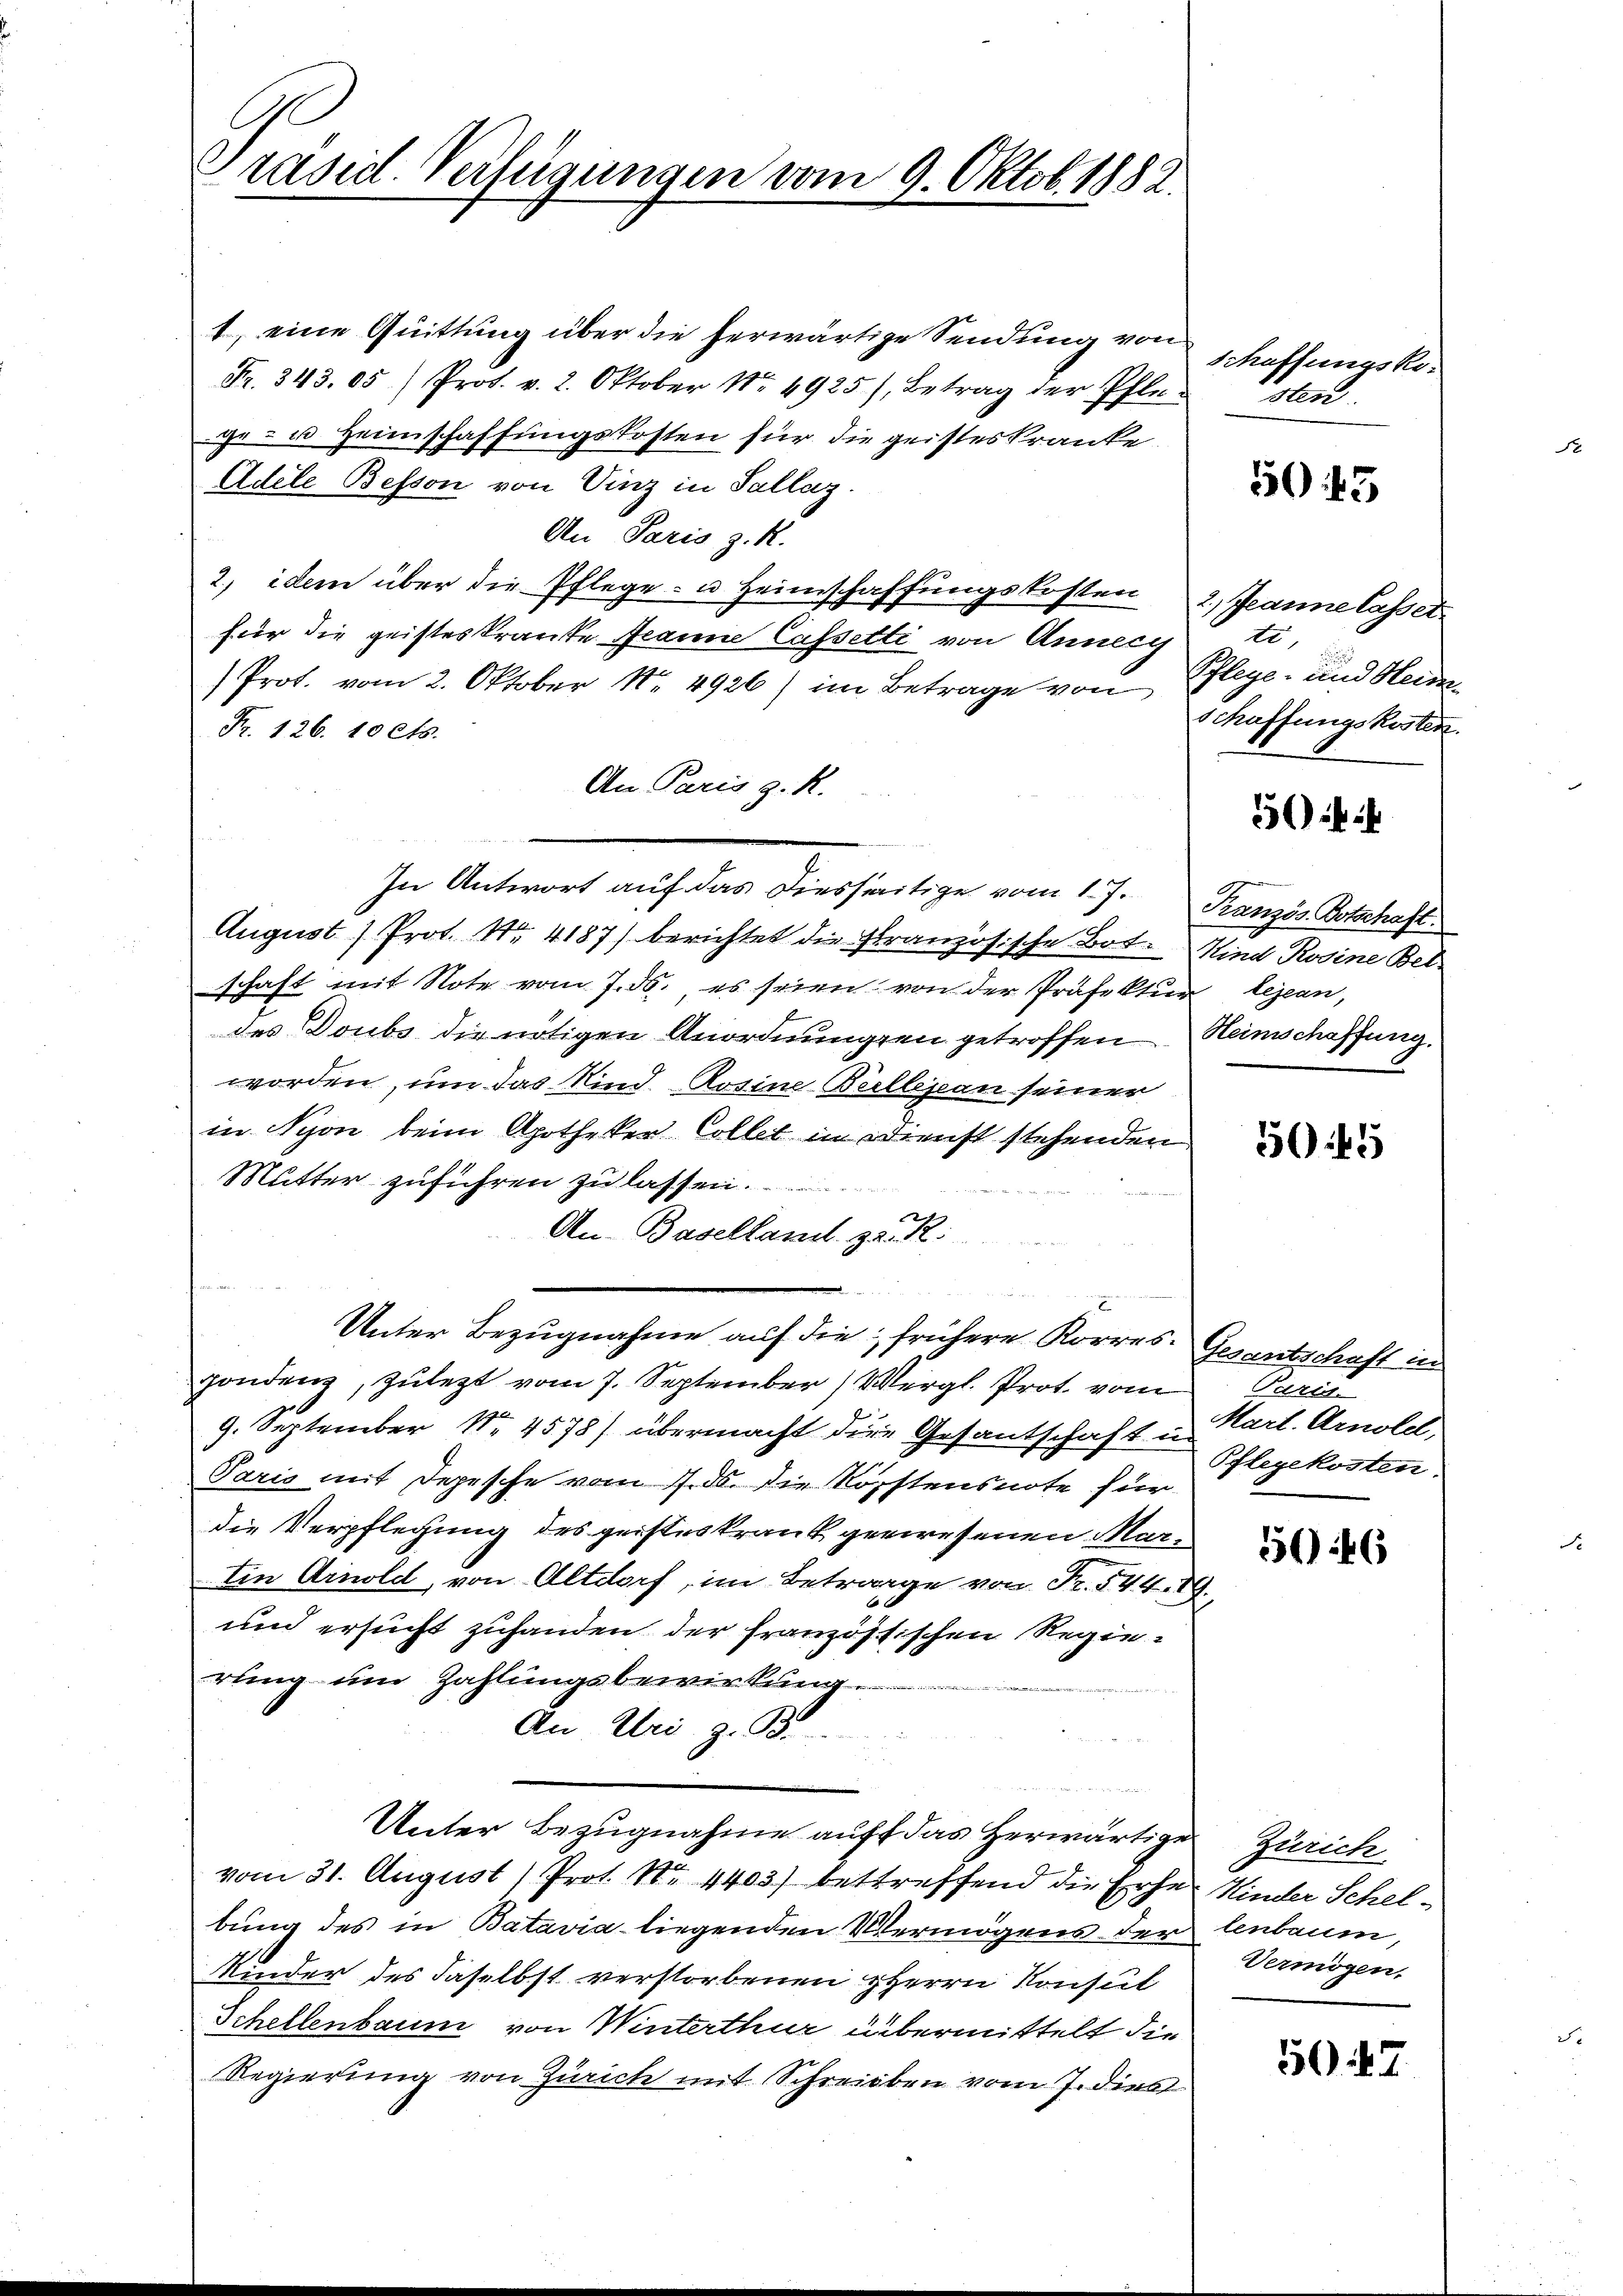
Präsid. Verfügungen vom 9. Oktob. 1882.

t, eine Quittung über die herwärtige Sendung von Schaffungsko¬
Fr. 343. 05) Prot. v. 2. Oktober No 4925), Betrag der Pflege - u. Heimschaffungskosten für die geisteskranke
Adele Besson von Vinz in Sallag.
An Paris z. K.
2, idem über die Pflege- u. Heimschaffungskosten 2, Jeanne lasset
für die geisteskrante Jeanne Cassetti von Anneig
Prot. vom 2. Oktober N. 4926) im Betrage von Pflege- und Hein
Fr. 126. 10 cts.
An Paris z. R.
In Antwort auf das Diesseitige vom 17. Französ. Botschaft
August Prot. Nr. 4187) berichtet die Französische Bot. Kind Rosine Betschaft mit Note vom 7. ds. es seien von der Präfektur Lejean,
des Doubs die nötigen Anordnungen getroffen. Heimschaffung.
worden, um das Kind. Rosine Bellejan seiner
in Nyon beim Apotheker Collet in Dienst stehenden
Mutter zuführen zu lassen.
An-Baselland zu R
Unter Bezugnahme auf die frühere Korres.
gondenz, zulezt vom 7. September Vergl. Prot vom Paris
9. September Nr. 4578) übermacht dere Gesantschaft in Kart. Arnoles
Paris mit Depesche vom 17. ds. die Kopftensnote für
die Verpflegung des geisteskrank gewesenen Martin Arnold, von Altdorf, im Betrage von Fr. 544. 29.
und ersucht zuhanden der französischen Regierung um Zahlungsbewirkung
An Uri z. B.
Unter Bezugnahme auf das herwärtige Zürich
vom 31. August 1 Prot. Nr. 4403) bettreffend die Erhe Kinder Schelbung des in Batavia liegenden Vermögens der lenbaum,
Kinder des daselbst verstorbenen HHerrn Konsul
Schellenbaum von Winterthur übermittelt die
Regierung von Zürich mit Schreiben vom 7. dies

sten.

545

te,
Schaffungskosten.

5045

Gesantschaft in
Pflegekosten:

5046

Vermögen,

5047